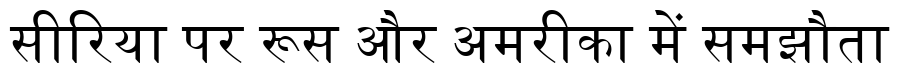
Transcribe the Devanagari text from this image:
सीरिया पर रूस और अमरीका में समझौता